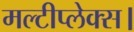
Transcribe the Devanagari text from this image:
मल्टीप्लेक्स।